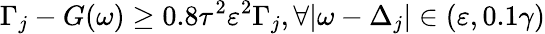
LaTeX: \Gamma_{j}-G(\omega)\geq 0.8\tau^{2}\varepsilon^{2}\Gamma_{j},\forall|\omega-\Delta_{j}|\in(\varepsilon,0.1\gamma)